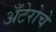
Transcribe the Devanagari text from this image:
अँटेरोचे